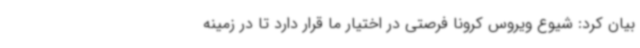
بیان کرد: شیوع ویروس کرونا فرصتی در اختیار ما قرار دارد تا در زمینه